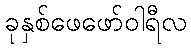
ခုနှစ်ဖေဖော်ဝါရီလ